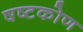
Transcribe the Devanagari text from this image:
षष्टकोण